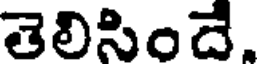
తెలిసిందే.